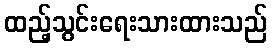
ထည့်သွင်းရေးသားထားသည်